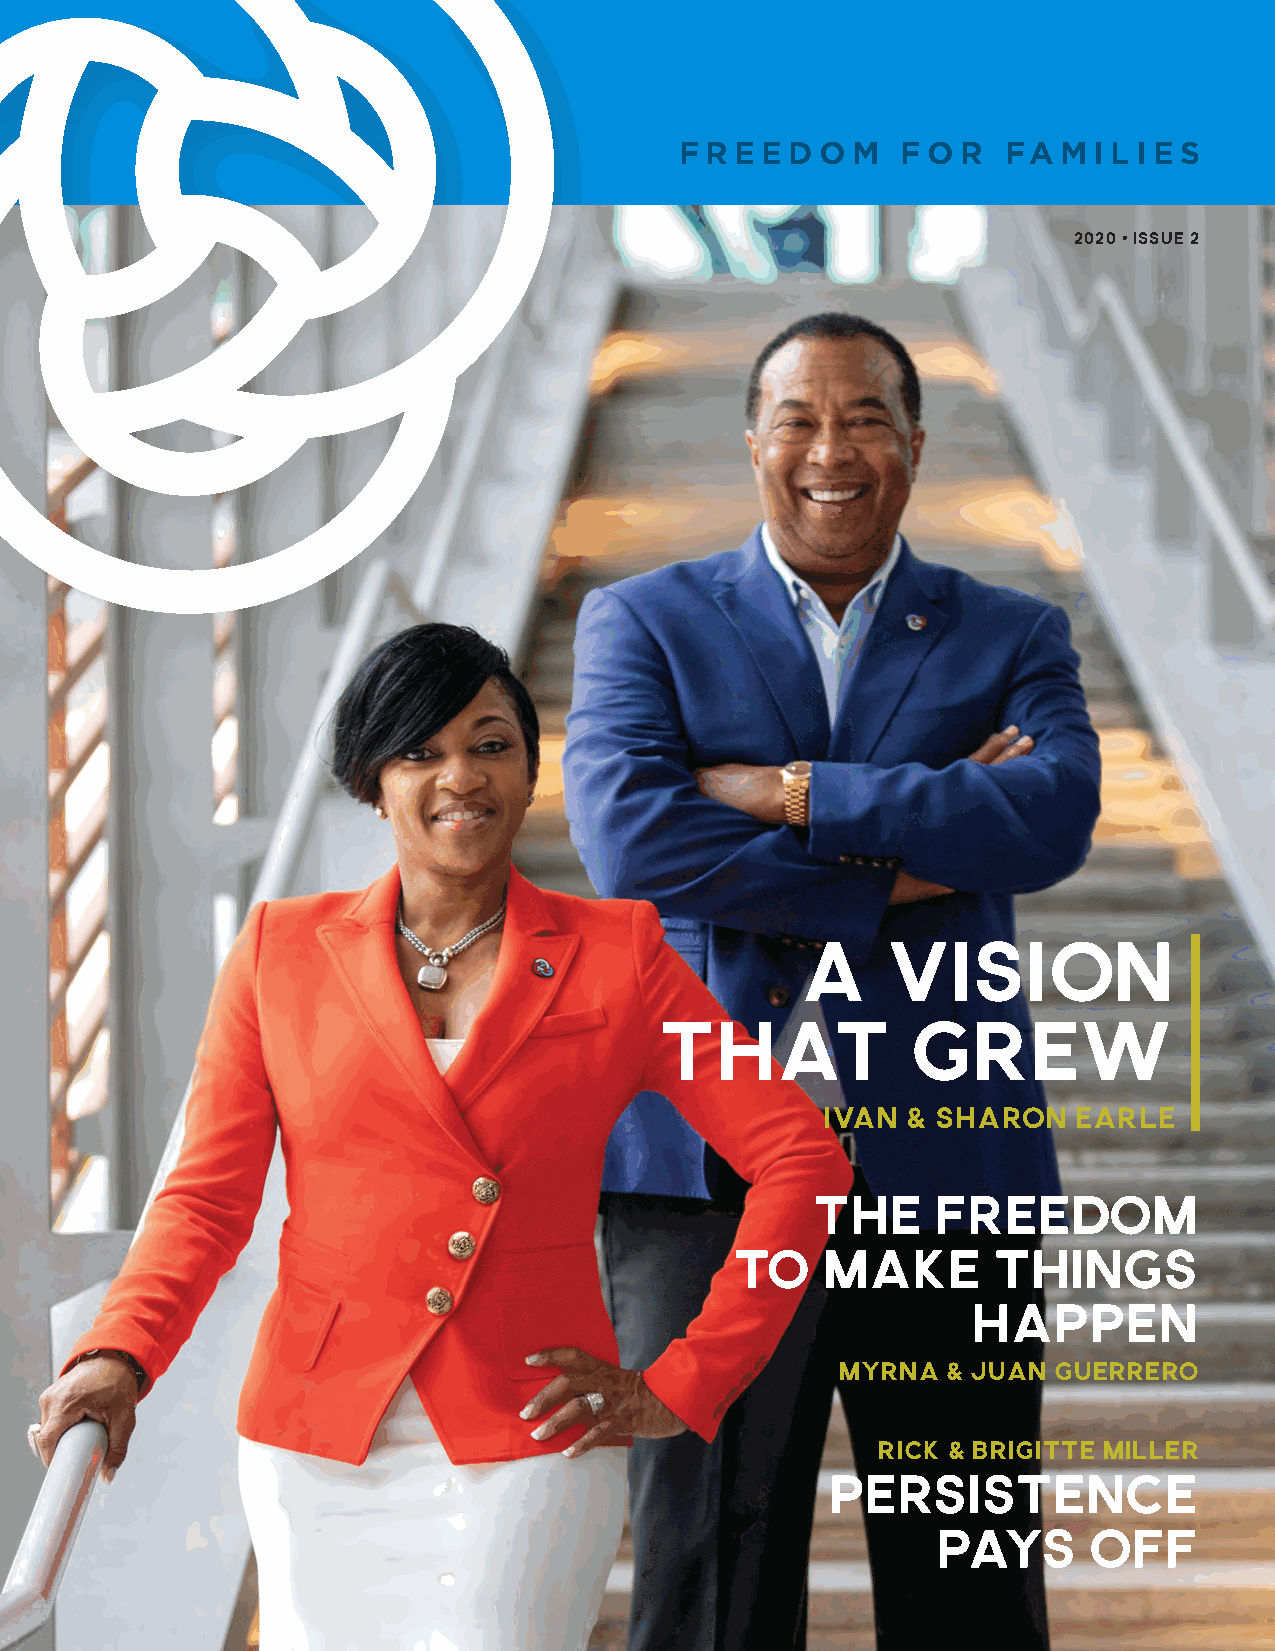
FR  EEDOM      FOR    FAMI   LIES
 2020 • ISSUE 2
 A    Vision
 that             Grew
 IVAN  & SHARON   EARLE
 THE     FREEDOM
 TO    MAKE        THINGS
 HAPPEN
 MYRNA   & JUAN GUERRERO
 RICK & BRIGITTE MILLER
 Persistence
 Pays      Off